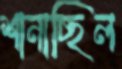
শানাচ্ছিল